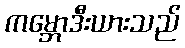
ကမ္ဘောဒီးယားသည်